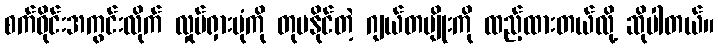
စက်ဝိုင်းအကွင်းလိုက် လှုပ်ရှားပုံကို တုပနိုင်တဲ့ ဂျယ်တမျိုးကို ထည့်ထားတယ်လို့ ဆိုပါတယ်။